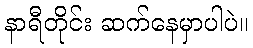
နာရီတိုင်း ဆက်နေမှာပါပဲ။